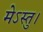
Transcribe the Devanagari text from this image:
मेऽस्तु।